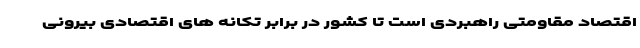
اقتصاد مقاومتی راهبردی است تا کشور در برابر تکانه های اقتصادی بیرونی